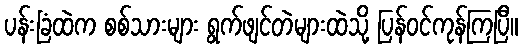
ပန်းခြံထဲက စစ်သားများ ရွက်ဖျင်တဲများထဲသို့ ပြန်ဝင်ကုန်ကြပြီ။